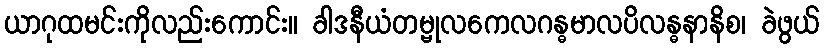
ယာဂုထမင်းကိုလည်းကောင်း။ ခါဒနီယံတမ္ဗုလကေလဂန္ဓမာလပိလန္ဓနာနိစ၊ ခဲဖွယ်